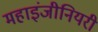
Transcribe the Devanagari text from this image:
महाइंजीनियरी